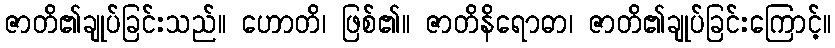
ဇာတိ၏ချုပ်ခြင်းသည်။ ဟောတိ၊ ဖြစ်၏။ ဇာတိနိရောဓာ၊ ဇာတိ၏ချုပ်ခြင်းကြောင့်။